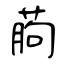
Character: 葋